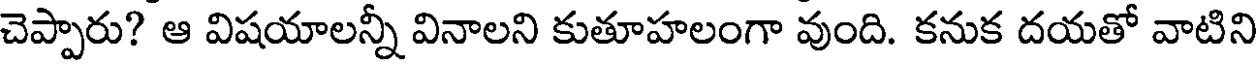
చెప్పారు? ఆ విషయాలన్నీ వినాలని కుతూహలంగా వుంది. కనుక దయతో వాటిని